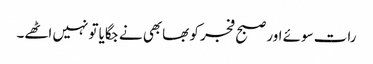
رات سوئے اور صبح فجر کو بھابھی نے جگایا تو نہیں اٹھے۔